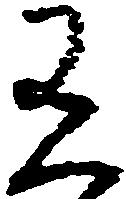
有